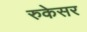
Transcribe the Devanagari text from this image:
रुकेसर